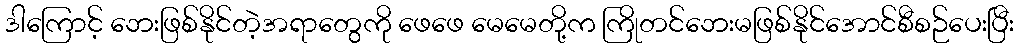
ဒါကြောင့် ဘေးဖြစ်နိုင်တဲ့အရာတွေကို ဖေဖေ မေမေတို့က ကြိုတင်ဘေးမဖြစ်နိုင်အောင်စီစဉ်ပေးပြီး